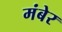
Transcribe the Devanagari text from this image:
मंबेर